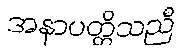
အနာပတ္တိသညီ